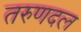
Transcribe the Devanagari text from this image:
तरुणदल